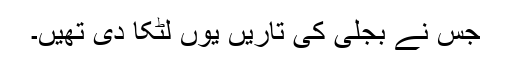
جس نے بجلی کی تاریں یوں لٹکا دی تھیں۔